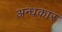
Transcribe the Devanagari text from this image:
अन्‍धकार